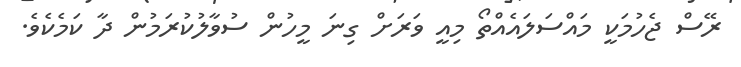
ރޭސް ޖެހުމަކީ މައްސަލައެއްތޯ މިއީ ވަރަށް ގިނަ މީހުން ސުވާލުކުރަމުން ދާ ކަމެކެވެ.